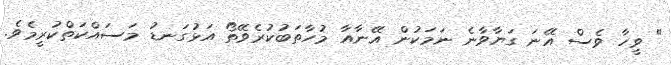
" ވީހާ ވެސް އޭނަ ގަޔާވާނެ ނަމަކުން އޭނާއާ މުހާތަބުކުރެވޭތޯ އަޅުގަނޑު މަސައްކަތްކުރީމެވެ.